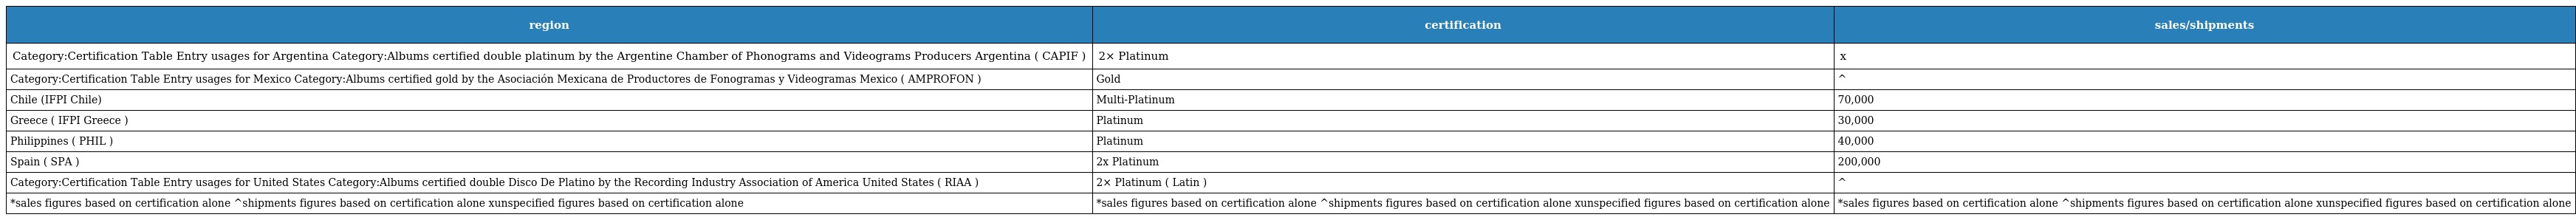
| region | certification | sales/shipments |
 | --- | --- | --- |
 | Category:Certification Table Entry usages for Argentina Category:Albums certified double platinum by the Argentine Chamber of Phonograms and Videograms Producers Argentina ( CAPIF ) | 2× Platinum | x |
 | Category:Certification Table Entry usages for Mexico Category:Albums certified gold by the Asociación Mexicana de Productores de Fonogramas y Videogramas Mexico ( AMPROFON ) | Gold | ^ |
 | Chile (IFPI Chile) | Multi-Platinum | 70,000 |
 | Greece ( IFPI Greece ) | Platinum | 30,000 |
 | Philippines ( PHIL ) | Platinum | 40,000 |
 | Spain ( SPA ) | 2x Platinum | 200,000 |
 | Category:Certification Table Entry usages for United States Category:Albums certified double Disco De Platino by the Recording Industry Association of America United States ( RIAA ) | 2× Platinum ( Latin ) | ^ |
 | *sales figures based on certification alone ^shipments figures based on certification alone xunspecified figures based on certification alone | *sales figures based on certification alone ^shipments figures based on certification alone xunspecified figures based on certification alone | *sales figures based on certification alone ^shipments figures based on certification alone xunspecified figures based on certification alone |